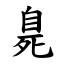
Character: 臰